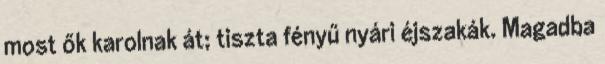
most ők karolnak át; tiszta fényű nyári éjszakák. Magadba